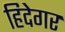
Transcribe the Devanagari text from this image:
हिदेगर